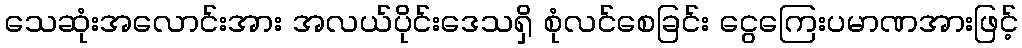
သေဆုံးအလောင်းအား အလယ်ပိုင်းဒေသရှိ စုံလင်စေခြင်း ငွေကြေးပမာဏအားဖြင့်